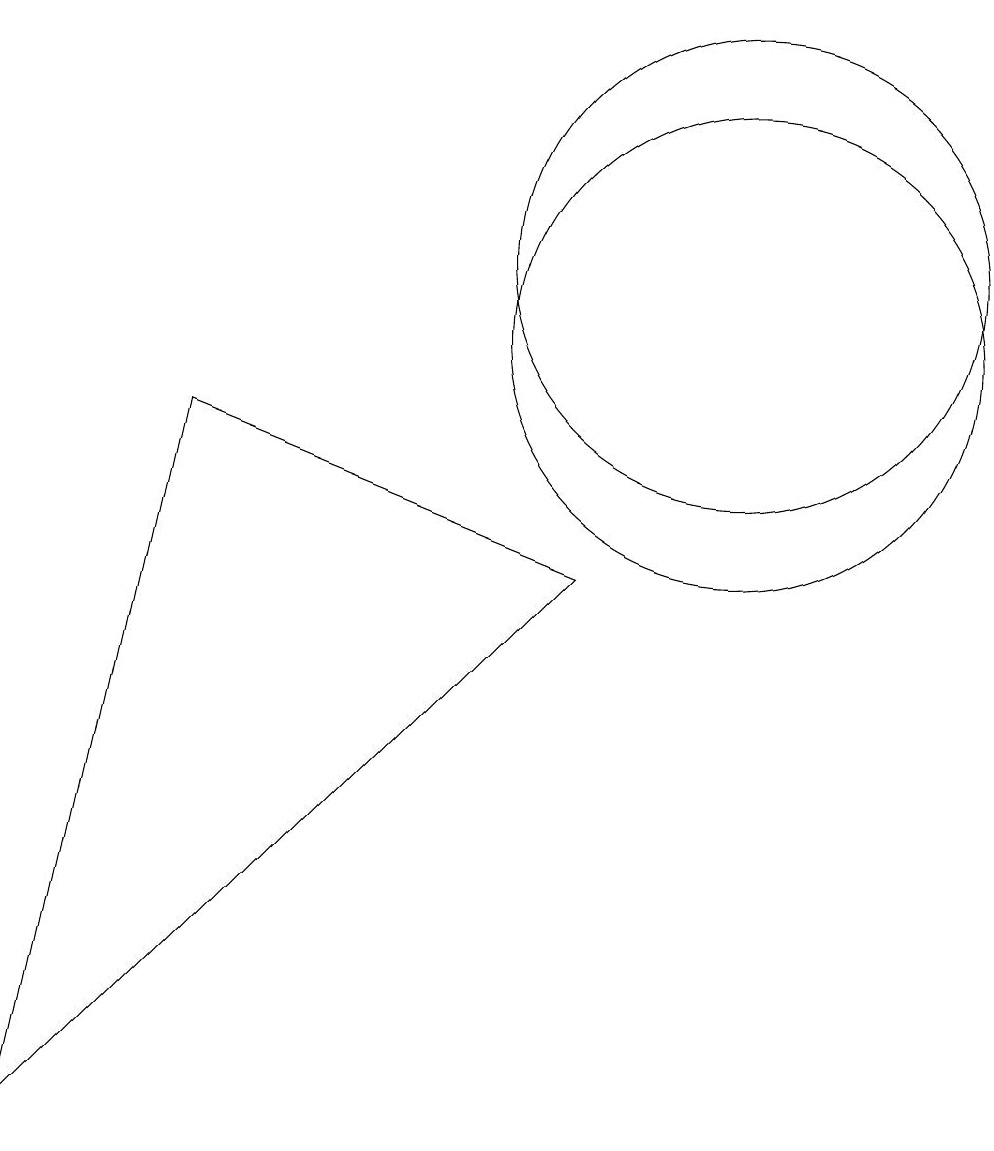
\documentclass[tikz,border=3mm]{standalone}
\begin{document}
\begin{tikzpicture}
\draw (3,9) -- (8,7) -- (1,0) -- cycle;
\draw (10,10) circle (3);
\draw (10,11) circle (3);
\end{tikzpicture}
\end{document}